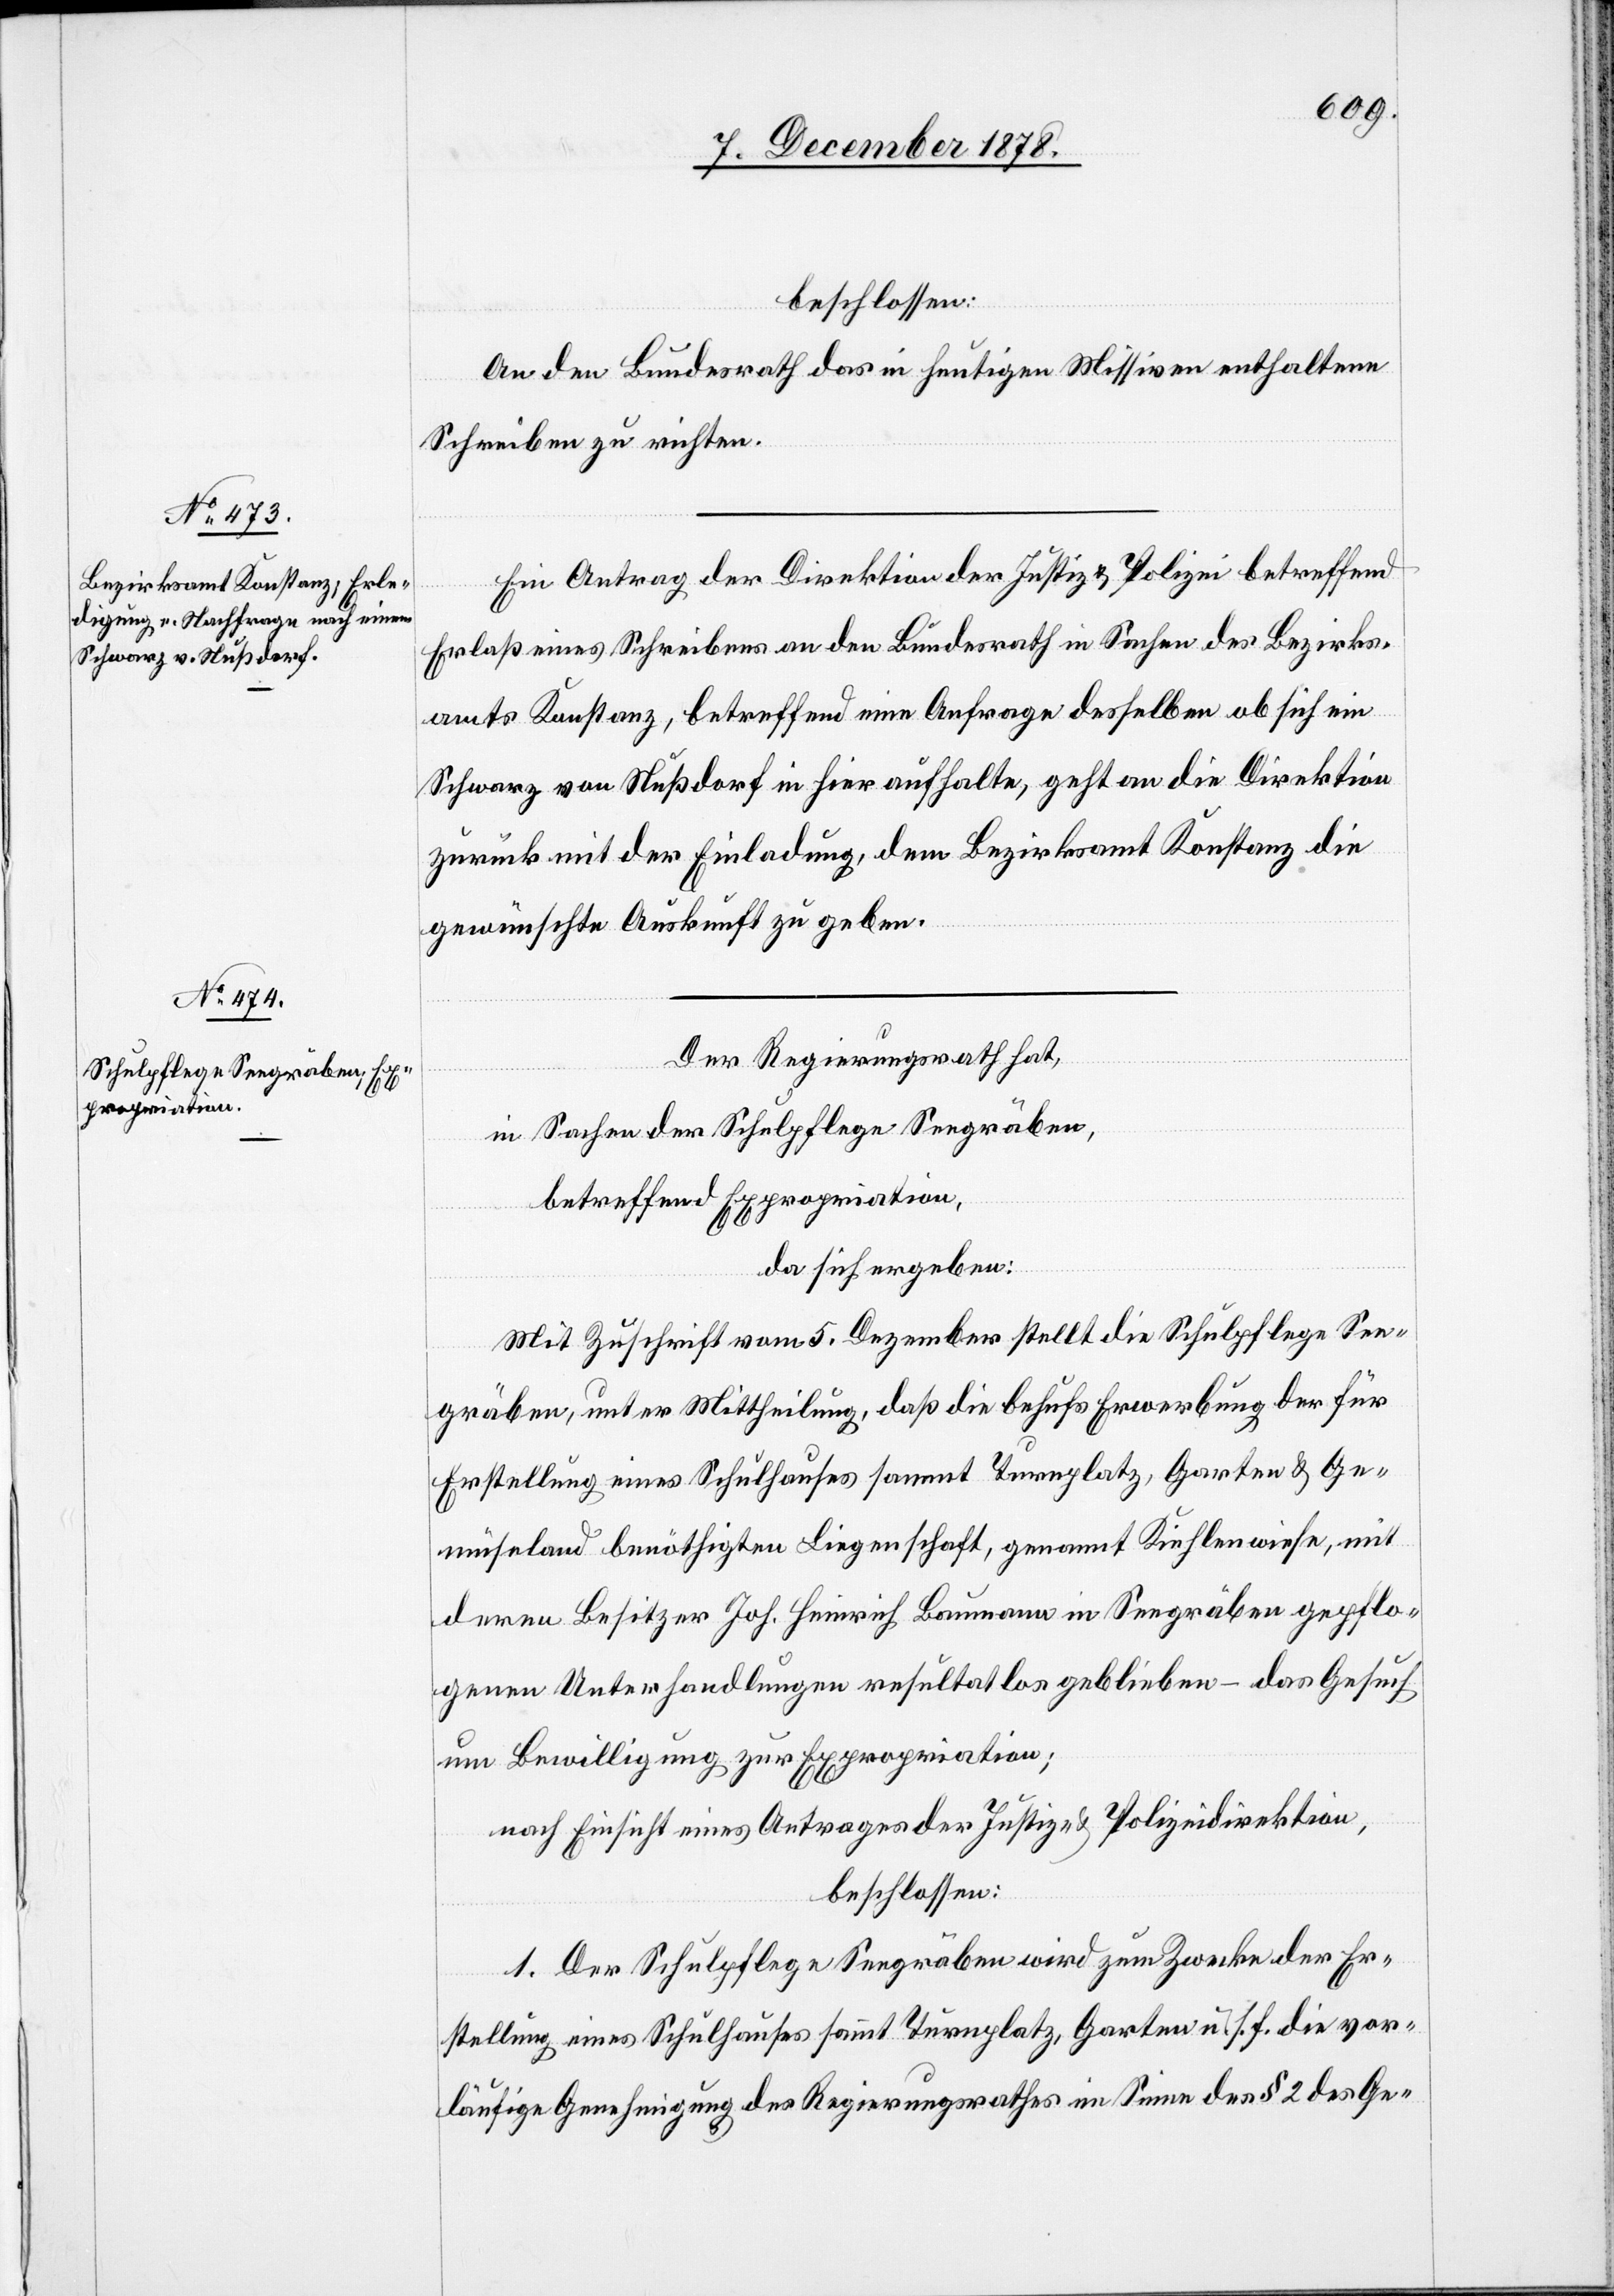
beschlossen:
An den Bundesrath das in heutigen Missiven enthaltene
Schreiben zu richten.
Ein Antrag der Direktion der Justiz & Polizei betreffend
Erlaß eines Schreibens an den Bundesrath in Sachen des Bezirks¬
amts Konstanz, betreffend eine Anfrage desselben ob sich ein
Schwarz von Nußdorf in hier aufhalte, geht an die Direktion
zurück mit der Einladung, dem Bezirksamt Konstanz die
gewünschte Auskunft zu geben.
Der Regierungsrath hat,
in Sachen der Schulpflege Seegräben,
betreffend Expropriation,
da sich ergeben:
Mit Zuschrift vom 5. Dezember stellt die Schulpflege See¬
gräben, unter Mittheilung, daß die behufs Erwerbung der für
Erstellung eines Schulhauses sammt Turnplatz, Garten & Ge¬
müseland benöthigten Liegenschaft, genannt Kiehlenwiese, mit
deren Besitzer Joh. Heinrich Baumann in Seegräben gepflo¬
genen Unterhandlungen resultatlos geblieben – das Gesuch
um Bewilligung zur Expropriation;
nach Einsicht eines Antrages der Justiz- & Polizeidirektion,
beschlossen:
1. Der Schulpflege Seegräben wird zum Zwecke der Er¬
stellung eines Schulhauses sammt Turnplatz, Garten u. s. f. die vor¬
läufige Genehmigung des Regierungsrathes im Sinne des § 2 des Ge-